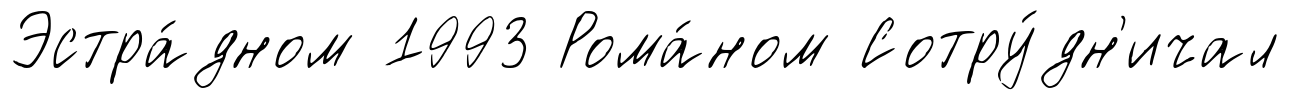
Эстра́дном 1993 Рома́ном Сотру́дн'ичал